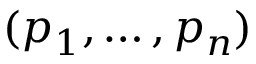
( p _ { 1 } , \ldots , p _ { n } )